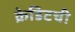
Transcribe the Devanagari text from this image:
क्रेडिटची